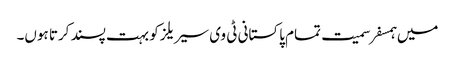
میں ہمسفر سمیت تمام پاکستانی ٹی وی سیریلز کو بہت پسند کرتا ہوں۔